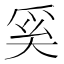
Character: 奚